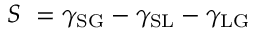
S \ = \gamma _ { \mathrm { S G } } - \gamma _ { \mathrm { S L } } - \gamma _ { \mathrm { L G } }